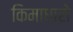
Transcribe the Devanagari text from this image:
किमाधारो